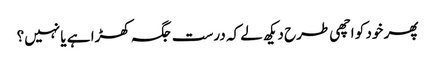
پھر خود کو اچھی طرح دیکھ لے کہ درست جگہ کھڑا ہے یا نہیں؟